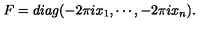
F = d i a g ( - 2 \pi i x _ { 1 } , \cdots , - 2 \pi i x _ { n } ) .